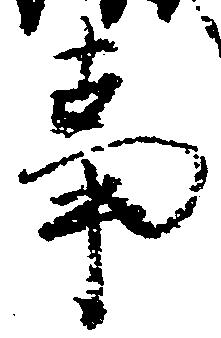
事